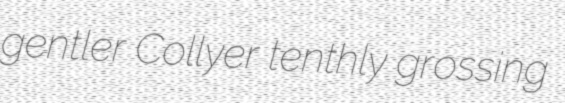
gentler Collyer tenthly grossing